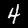
Label: 4